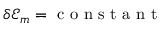
\delta \mathcal { E } _ { m } = \mathrm { ~ c ~ o ~ n ~ s ~ t ~ a ~ n ~ t ~ }